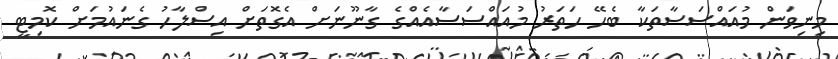
މިނިވަން މުއައްސަސާތަކާ ބެހޭ ހަތަރު މުއައްސަސާއެއްގެ ގާނޫނަށް އެގޮތަށް އިސްލާހު ގެނައުމަށް ކޮމިޓީ